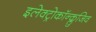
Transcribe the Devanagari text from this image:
इलेक्ट्रोकॉन्क्लुजिव